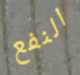
النفع